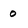
Character: 0